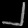
Digit: ၂